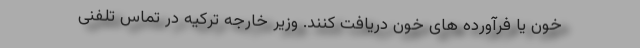
خون یا فرآورده های خون دریافت کنند. وزیر خارجه ترکیه در تماس تلفنی